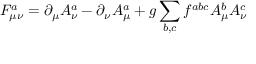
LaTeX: F _ { \mu \nu } ^ { a } = \partial _ { \mu } A _ { \nu } ^ { a } - \partial _ { \nu } A _ { \mu } ^ { a } + g \sum _ { b , c } f ^ { a b c } A _ { \mu } ^ { b } A _ { \nu } ^ { c }